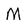
Character: M